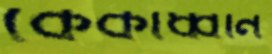
কেকাধ্বনি